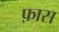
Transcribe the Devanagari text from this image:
फ़ास